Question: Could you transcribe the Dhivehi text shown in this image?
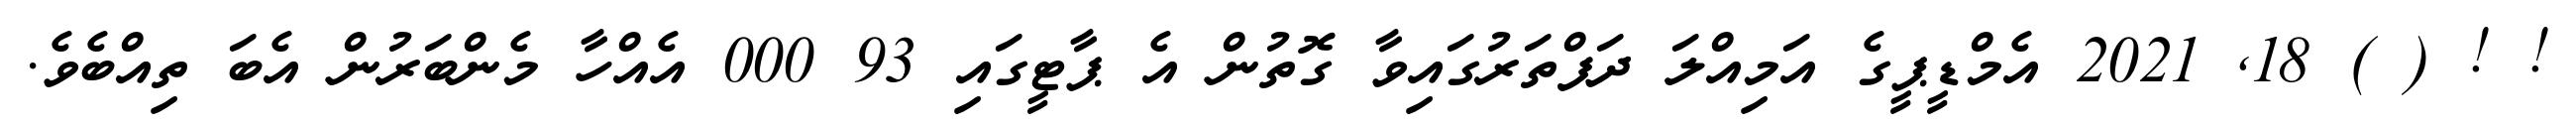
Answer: ! ! ( ) 18, 2021 އެމްޑީޕީގެ އަމިއްލަ ދަފްތަރުގައިވާ ގޮތުން އެ ޕާޓީގައި 93 000 އެއްހާ މެންބަރުން އެބަ ތިއްބެވެ.